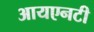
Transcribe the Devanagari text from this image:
आयएनटी